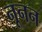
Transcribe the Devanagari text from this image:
नूनन